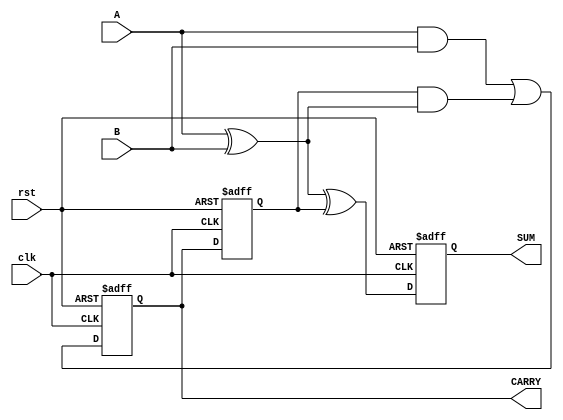
module Sequential_Half_Adder (
    input wire clk,        // Clock input
    input wire rst,        // Reset input
    input wire A,          // First input bit
    input wire B,          // Second input bit
    output reg SUM,        // Sum output
    output reg CARRY       // Carry output
);

    // Internal signals to hold previous state
    reg Previous_CARRY;

    always @(posedge clk or posedge rst) begin
        if (rst) begin
            // On reset, set SUM and CARRY to 0
            SUM <= 1'b0;
            CARRY <= 1'b0;
            Previous_CARRY <= 1'b0;
        end else begin
            // Combinational logic to calculate new SUM and CARRY
            SUM <= A ^ B ^ Previous_CARRY; // SUM = A XOR B XOR Previous_CARRY
            CARRY <= (A & B) | (Previous_CARRY & (A ^ B)); // CARRY = (A AND B) OR (Previous_CARRY AND (A XOR B))
            
            // Update Previous_CARRY for the next clock cycle
            Previous_CARRY <= CARRY;
        end
    end

endmodule